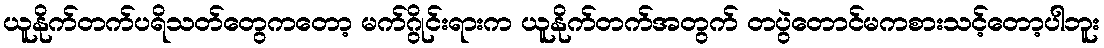
ယူနိုက်တက်ပရိသတ်တွေကတော့ မက်ဂွိုင်းရားက ယူနိုက်တက်အတွက် တပွဲတောင်မကစားသင့်တော့ပါဘူး